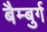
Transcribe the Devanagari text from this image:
बैम्बुर्ग